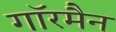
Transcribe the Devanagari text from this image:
गाॅरमैन